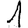
Digit: 1